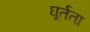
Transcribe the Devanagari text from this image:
घूर्तता